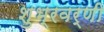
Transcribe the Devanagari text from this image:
शुभ्रवर्णी